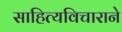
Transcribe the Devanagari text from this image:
साहित्यविचाराने